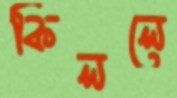
কিললে